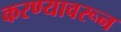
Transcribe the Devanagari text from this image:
करण्यावरून